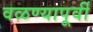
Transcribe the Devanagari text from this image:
वळण्यापूर्वी